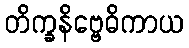
တိက္ခနိဗ္ဗေဓိကာယ